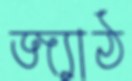
জ্যাঠ